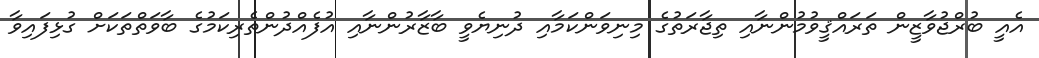
އެއީ ބުރްޖުވާޒީން ތަރައްޤީވުމުންނާއި ތިޖާރަތުގެ މިނިވަންކަމާއި ދުނިޔެވީ ބާޒާރުންނާއި އުފެއްދުންތެރިކަމުގެ ބާވަތްތަކަށް ގުޅިފައިވާ